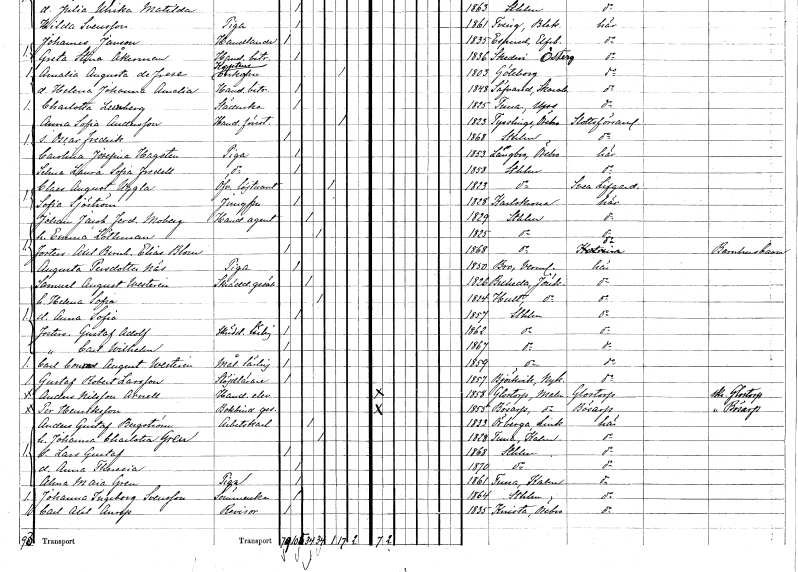
gt_parse: households: individuals: FN: Anna Sofia
EN: Andersson
YRKE: Handelsföreståndare
KON: K
CIV: E
FODAR: 1823
FODFORS: Tysslinge Örebro län
FN: Oscar Fredrik
KON: M
CIV: O
FODAR: 1868
FODFORS: Stockholm
FN: Carolina Josefina
EN: Hagsten
YRKE: Piga
KON: K
CIV: O
FODAR: 1853
FODFORS: Längbro Örebro län
FN: Selma Laura Sofia
EN: Fredell
YRKE: Piga
KON: K
CIV: O
FODAR: 1858
FODFORS: Stockholm
FN: Claes August
EN: Uggla
YRKE: Överstelöjtnant
KON: M
CIV: E
FODAR: 1823
FODFORS: Stockholm
FN: Sofia
EN: Sjöström
YRKE: Jungfru
KON: K
CIV: O
FODAR: 1828
FODFORS: Karlskrona Blekinge län
FN: Johan Jacob Ferdinand
EN: Moberg
YRKE: Handelsagent
KON: M
CIV: G
FODAR: 1829
FODFORS: Stockholm
FN: Emma
EN: Löthman
KON: K
CIV: G
FODAR: 1825
FODFORS: Stockholm
FN: Axel Bernhard Elias
EN: Blom
YRKE: Barnhusbarn
KON: M
CIV: O
FODAR: 1868
FODFORS: Stockholm
FN: Augusta
EN: Persdotter Näs
YRKE: Piga
KON: K
CIV: O
FODAR: 1850
FODFORS: Bro Värmlands län
FN: Samuel August
EN: Westerin
YRKE: Skräddaregesäll
KON: M
CIV: G
FODAR: 1826
FODFORS: Bäckseda Jönköpings län
FN: Helena Sofia
KON: K
CIV: G
FODAR: 1824
FODFORS: Hult Jönköpings län
FN: Anna Sofia
KON: K
CIV: O
FODAR: 1857
FODFORS: Stockholm
FN: Gustaf Adolf
YRKE: Skräddarelärling
KON: M
CIV: O
FODAR: 1862
FODFORS: Stockholm
FN: Carl Wilhelm
KON: M
CIV: O
FODAR: 1867
FODFORS: Stockholm
FN: Carl Conrad August
EN: Westerin
YRKE: Målarelärling
KON: M
CIV: O
FODAR: 1859
FODFORS: Stockholm
FN: Gustaf Robert
EN: Larsson
YRKE: Slöjdlärare
KON: M
CIV: O
FODAR: 1857
FODFORS: Björkvik Södermanlands län
FN: Anders
EN: Nilsson Arnell
YRKE: Handelselev
KON: M
CIV: O
FODAR: 1858
FODFORS: Glostorp Malmöhus län
FN: Per
EN: Henriksson
YRKE: Bokbindaregesäll
KON: M
CIV: O
FODAR: 1855
FODFORS: Bösarp Malmöhus län
FN: Anders Gustaf
EN: Bergström
YRKE: Arbetskarl
KON: M
CIV: G
FODAR: 1833
FODFORS: Örberga Östergötlands län
FN: Johanna Charlotta
EN: Gren
KON: K
CIV: G
FODAR: 1828
FODFORS: Tuna Kalmar län
FN: Lars Gustaf
KON: M
CIV: O
FODAR: 1868
FODFORS: Stockholm
FN: Anna Theresia
KON: K
CIV: O
FODAR: 1870
FODFORS: Stockholm
FN: Alma Maia
EN: Gren
YRKE: Piga
KON: K
CIV: O
FODAR: 1861
FODFORS: Tuna Kalmar län
FN: Johanna Ingeborg
EN: Svensson
YRKE: Sömmerska
KON: K
CIV: O
FODAR: 1864
FODFORS: Stockholm
FN: Carl Axel
EN: Anrep
YRKE: Revisor
KON: M
CIV: O
FODAR: 1835
FODFORS: Knista Örebro län